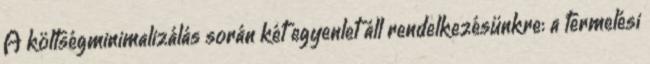
A költségminimalizálás során két egyenlet áll rendelkezésünkre: a termelési